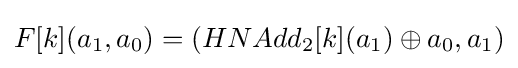
F[k](a_{1},a_{0})=(HNAdd_{2}[k](a_{1})\oplus a_{0},a_{1})